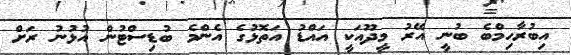
އިބުރާހިމްބެ ބުނީ އޭރު މީދޫއަކީ އައްޑު އަތޮޅުގެ އެންމެ ބުޑިސްޓުން އުޅުނު ރަށް